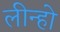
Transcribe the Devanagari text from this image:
लीन्‍हो